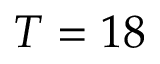
T = 1 8